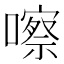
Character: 嚓